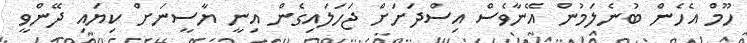
ހޫމް އެހެން ބުނެލަމުން އޭނާވެސް އިސްދަށަށް ޖަހަލައިގެން އިނީ ޔާސީނަށް ކިޔައި ދޭންވީ